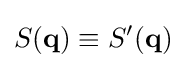
S(\mathbf {q} )\equiv S'(\mathbf {q} )